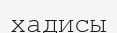
хадисы